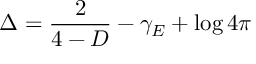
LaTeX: \Delta = \frac { 2 } { 4 - D } - \gamma _ { E } + \log 4 \pi